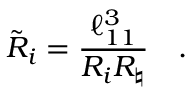
{ \tilde { R } } _ { i } = { \frac { \ell _ { 1 1 } ^ { 3 } } { R _ { i } R _ { \natural } } } \quad .